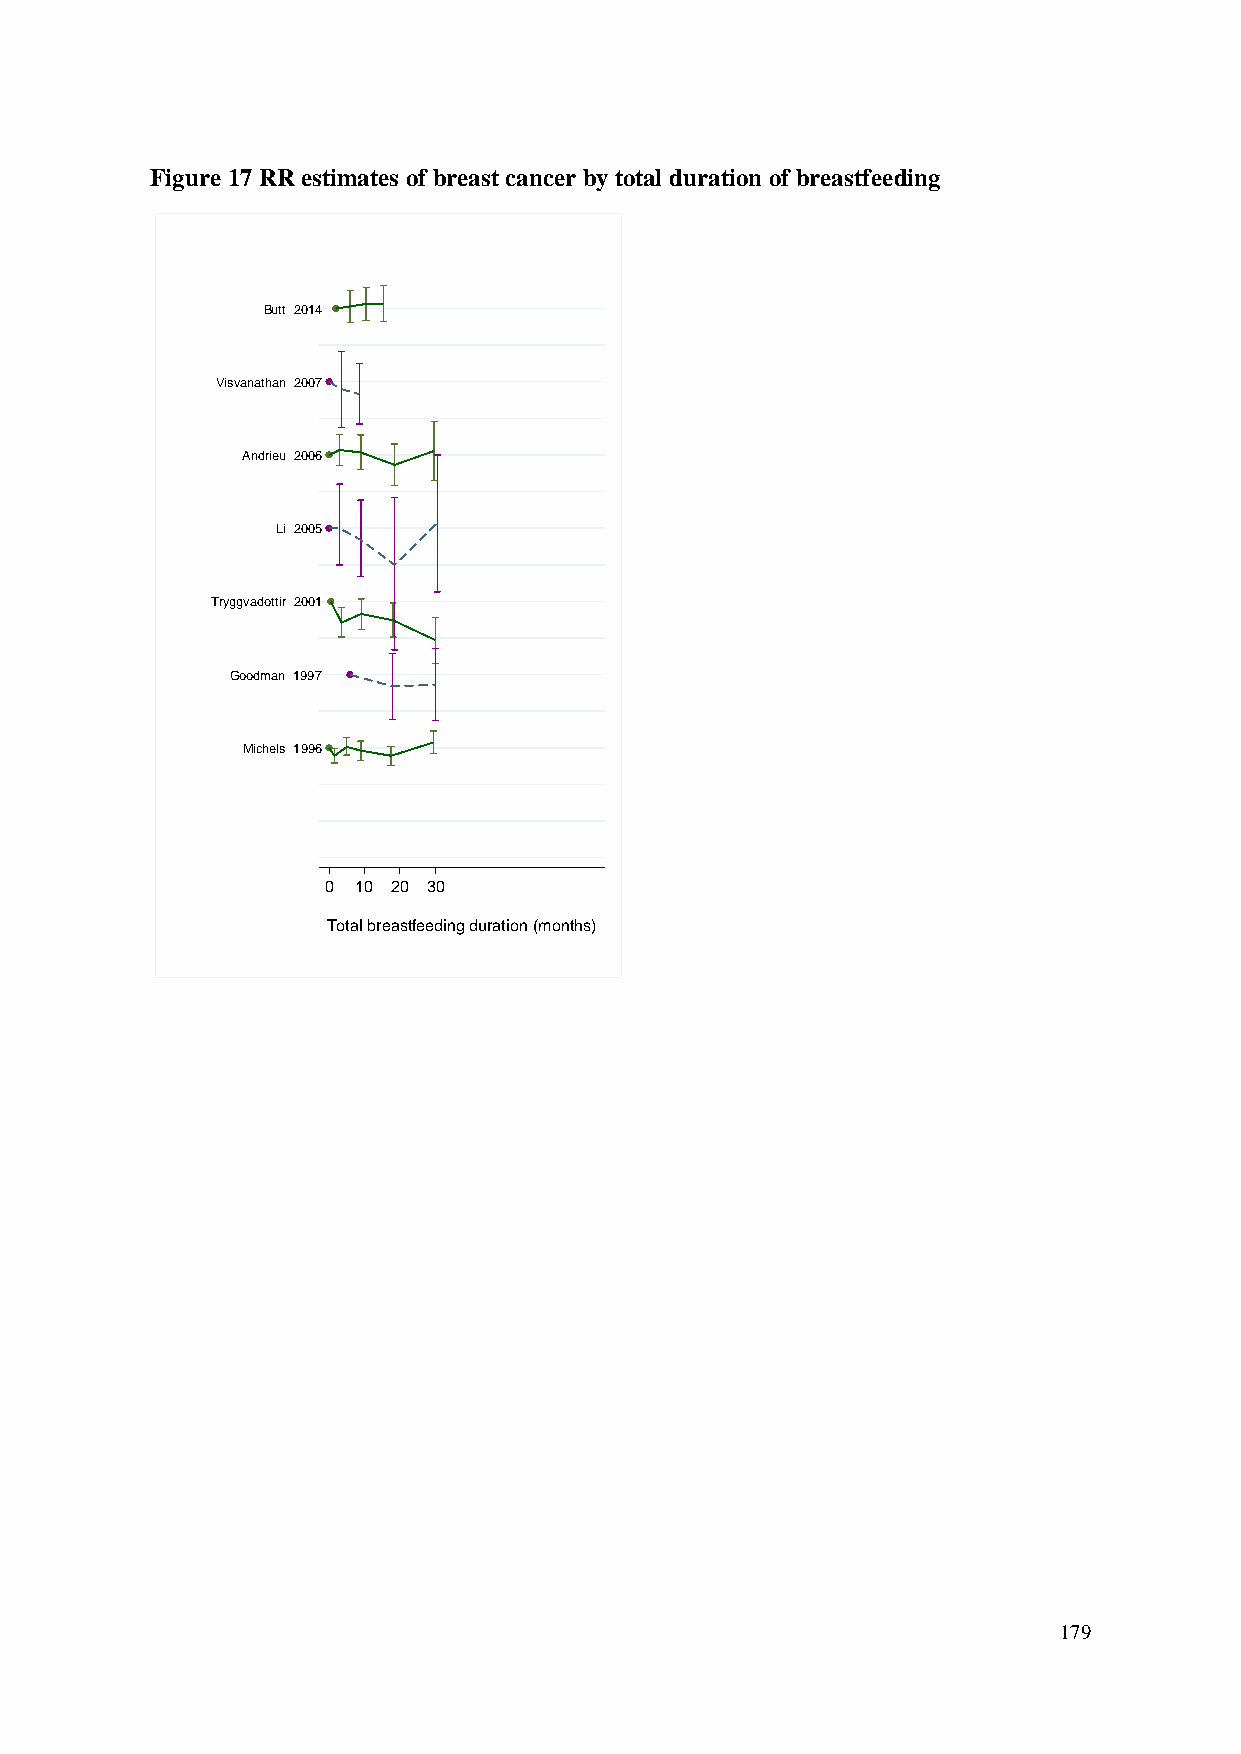
Figure 17 RR estimates of breast cancer by total duration of breastfeeding
 Butt 2014
 Visvanathan 2007
 Andrieu 2006
 Li 2005
 Tryggvadottir 2001
 Goodman 1997
 Michels 1996
 0  10 20 30
 Total breastfeeding duration (months)
 179